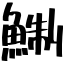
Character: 鯯